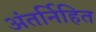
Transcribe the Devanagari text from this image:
अंतर्निहित